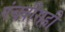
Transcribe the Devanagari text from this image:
पंचवीसही